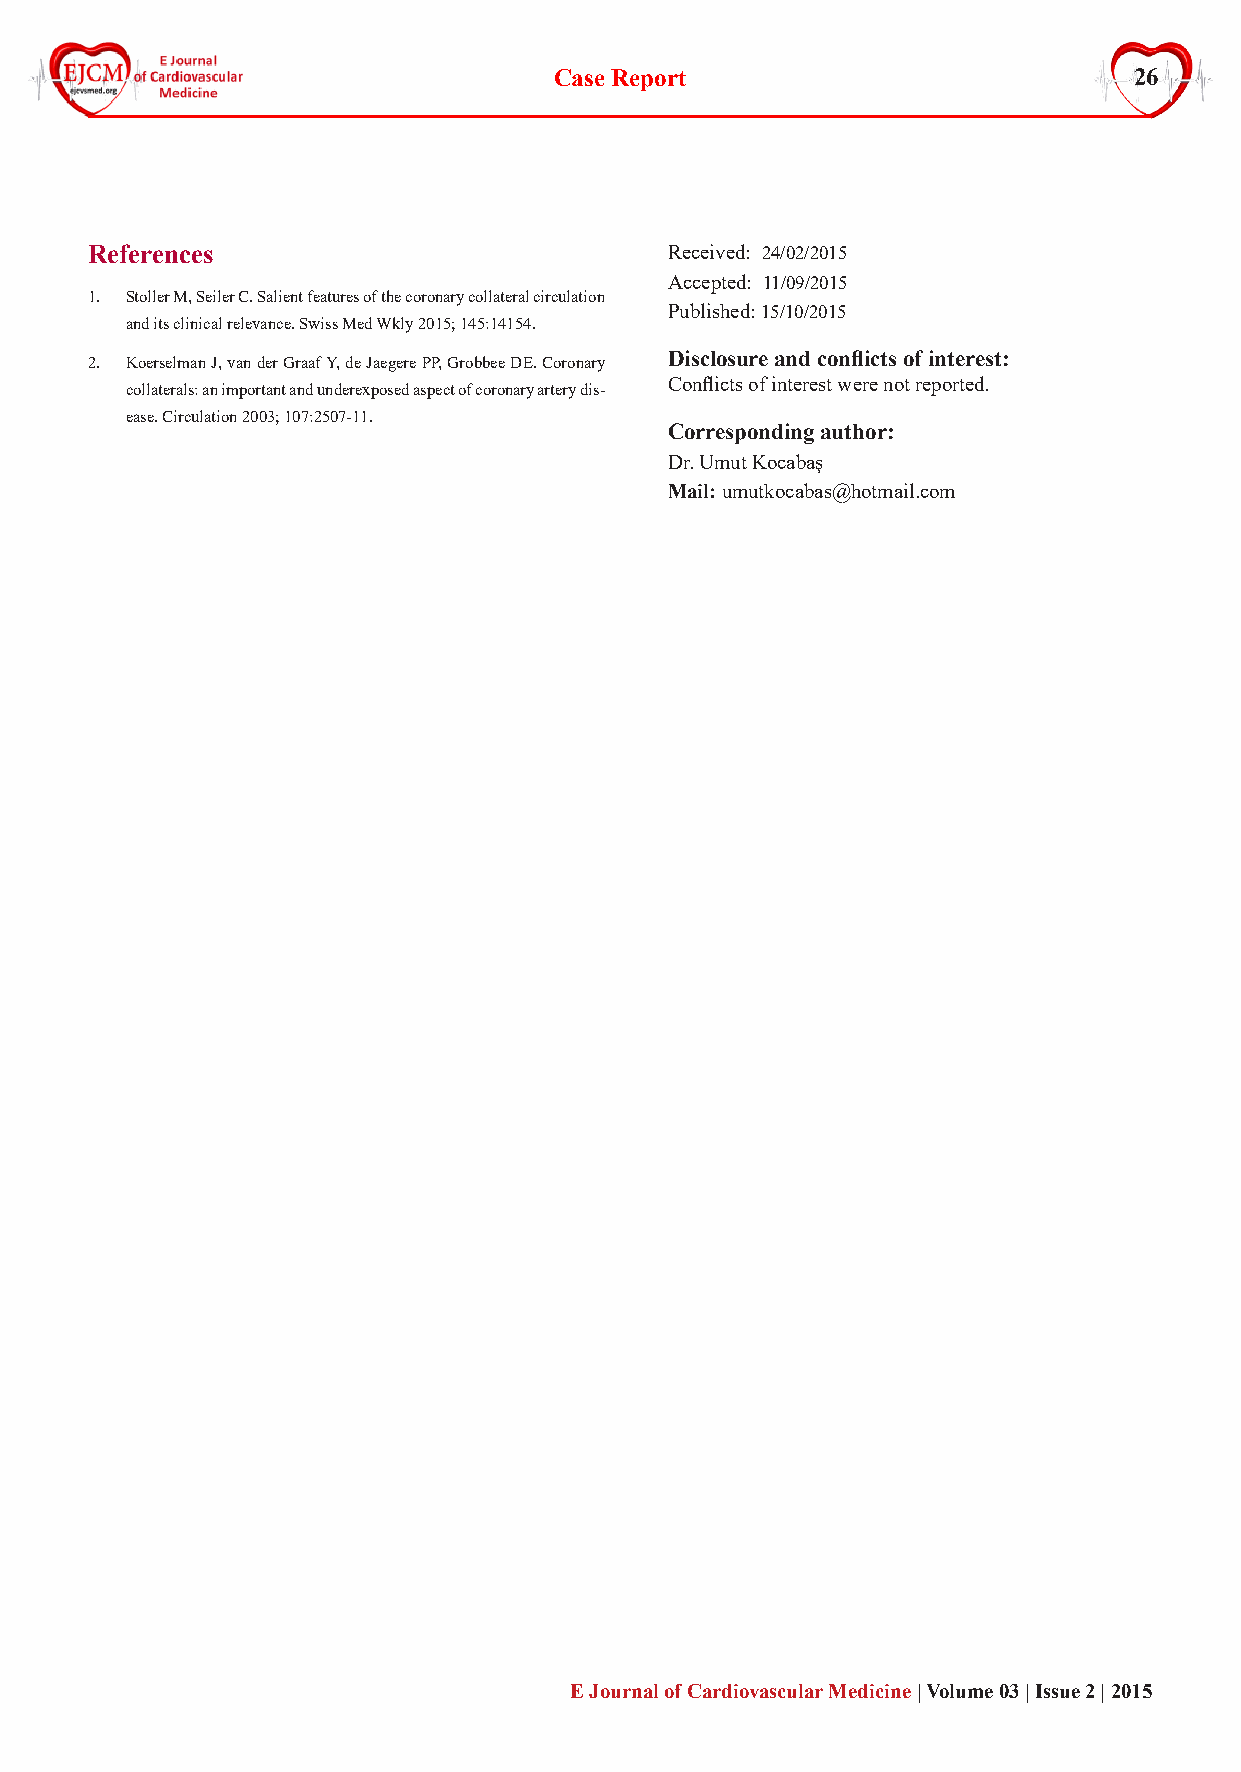
Case Report                           26
 References                            Received: 24/02/2015
 Accepted: 11/09/2015
 1. Stoller M, Seiler C. Salient features of the coronary collateral circulation
 Published: 15/10/2015
 and its clinical relevance. Swiss Med Wkly 2015; 145:14154.
 2. Koerselman J, van der Graaf Y, de Jaegere PP, Grobbee DE. Coronary Disclosure and conflicts of interest:
 Conflicts of interest were not reported.
 collaterals: an important and underexposed aspect of coronary artery dis-
 ease. Circulation 2003; 107:2507-11.
 Corresponding author:
 Dr. Umut Kocabaş
 Mail: umutkocabas@hotmail.com
 E Journal of Cardiovascular Medicine | Volume 03 | Issue 2 | 2015